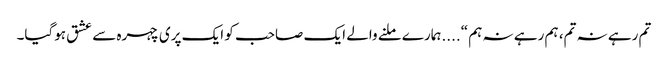
تم رہے نہ تم، ہم رہے نہ ہم “....ہمارے ملنے والے ایک صاحب کو ایک پری چہرہ سے عشق ہوگیا۔